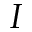
I